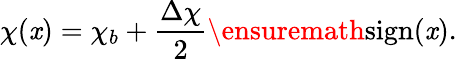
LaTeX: \chi(\mathit{x})=\chi_{b}+\frac{{\Delta\chi}}{{2}}\ensuremath{{\operatorname{sign}}}(\mathit{x}).